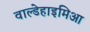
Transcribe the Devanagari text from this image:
वाल्डेहाइमिआ